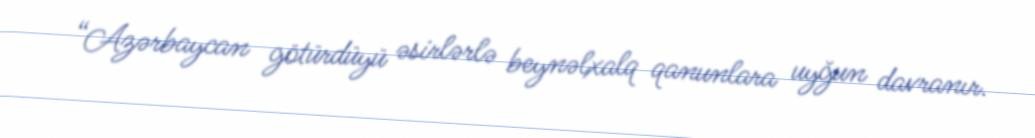
“Azərbaycan götürdüyü əsirlərlə beynəlxalq qanunlara uyğun davranır.